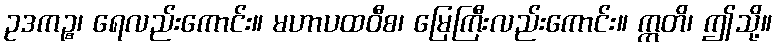
ဥဒကဉ္စ၊ ရေလည်းကောင်း။ မဟာပထဝီစ၊ မြေကြီးလည်းကောင်း။ ဣတိ၊ ဤသို့။